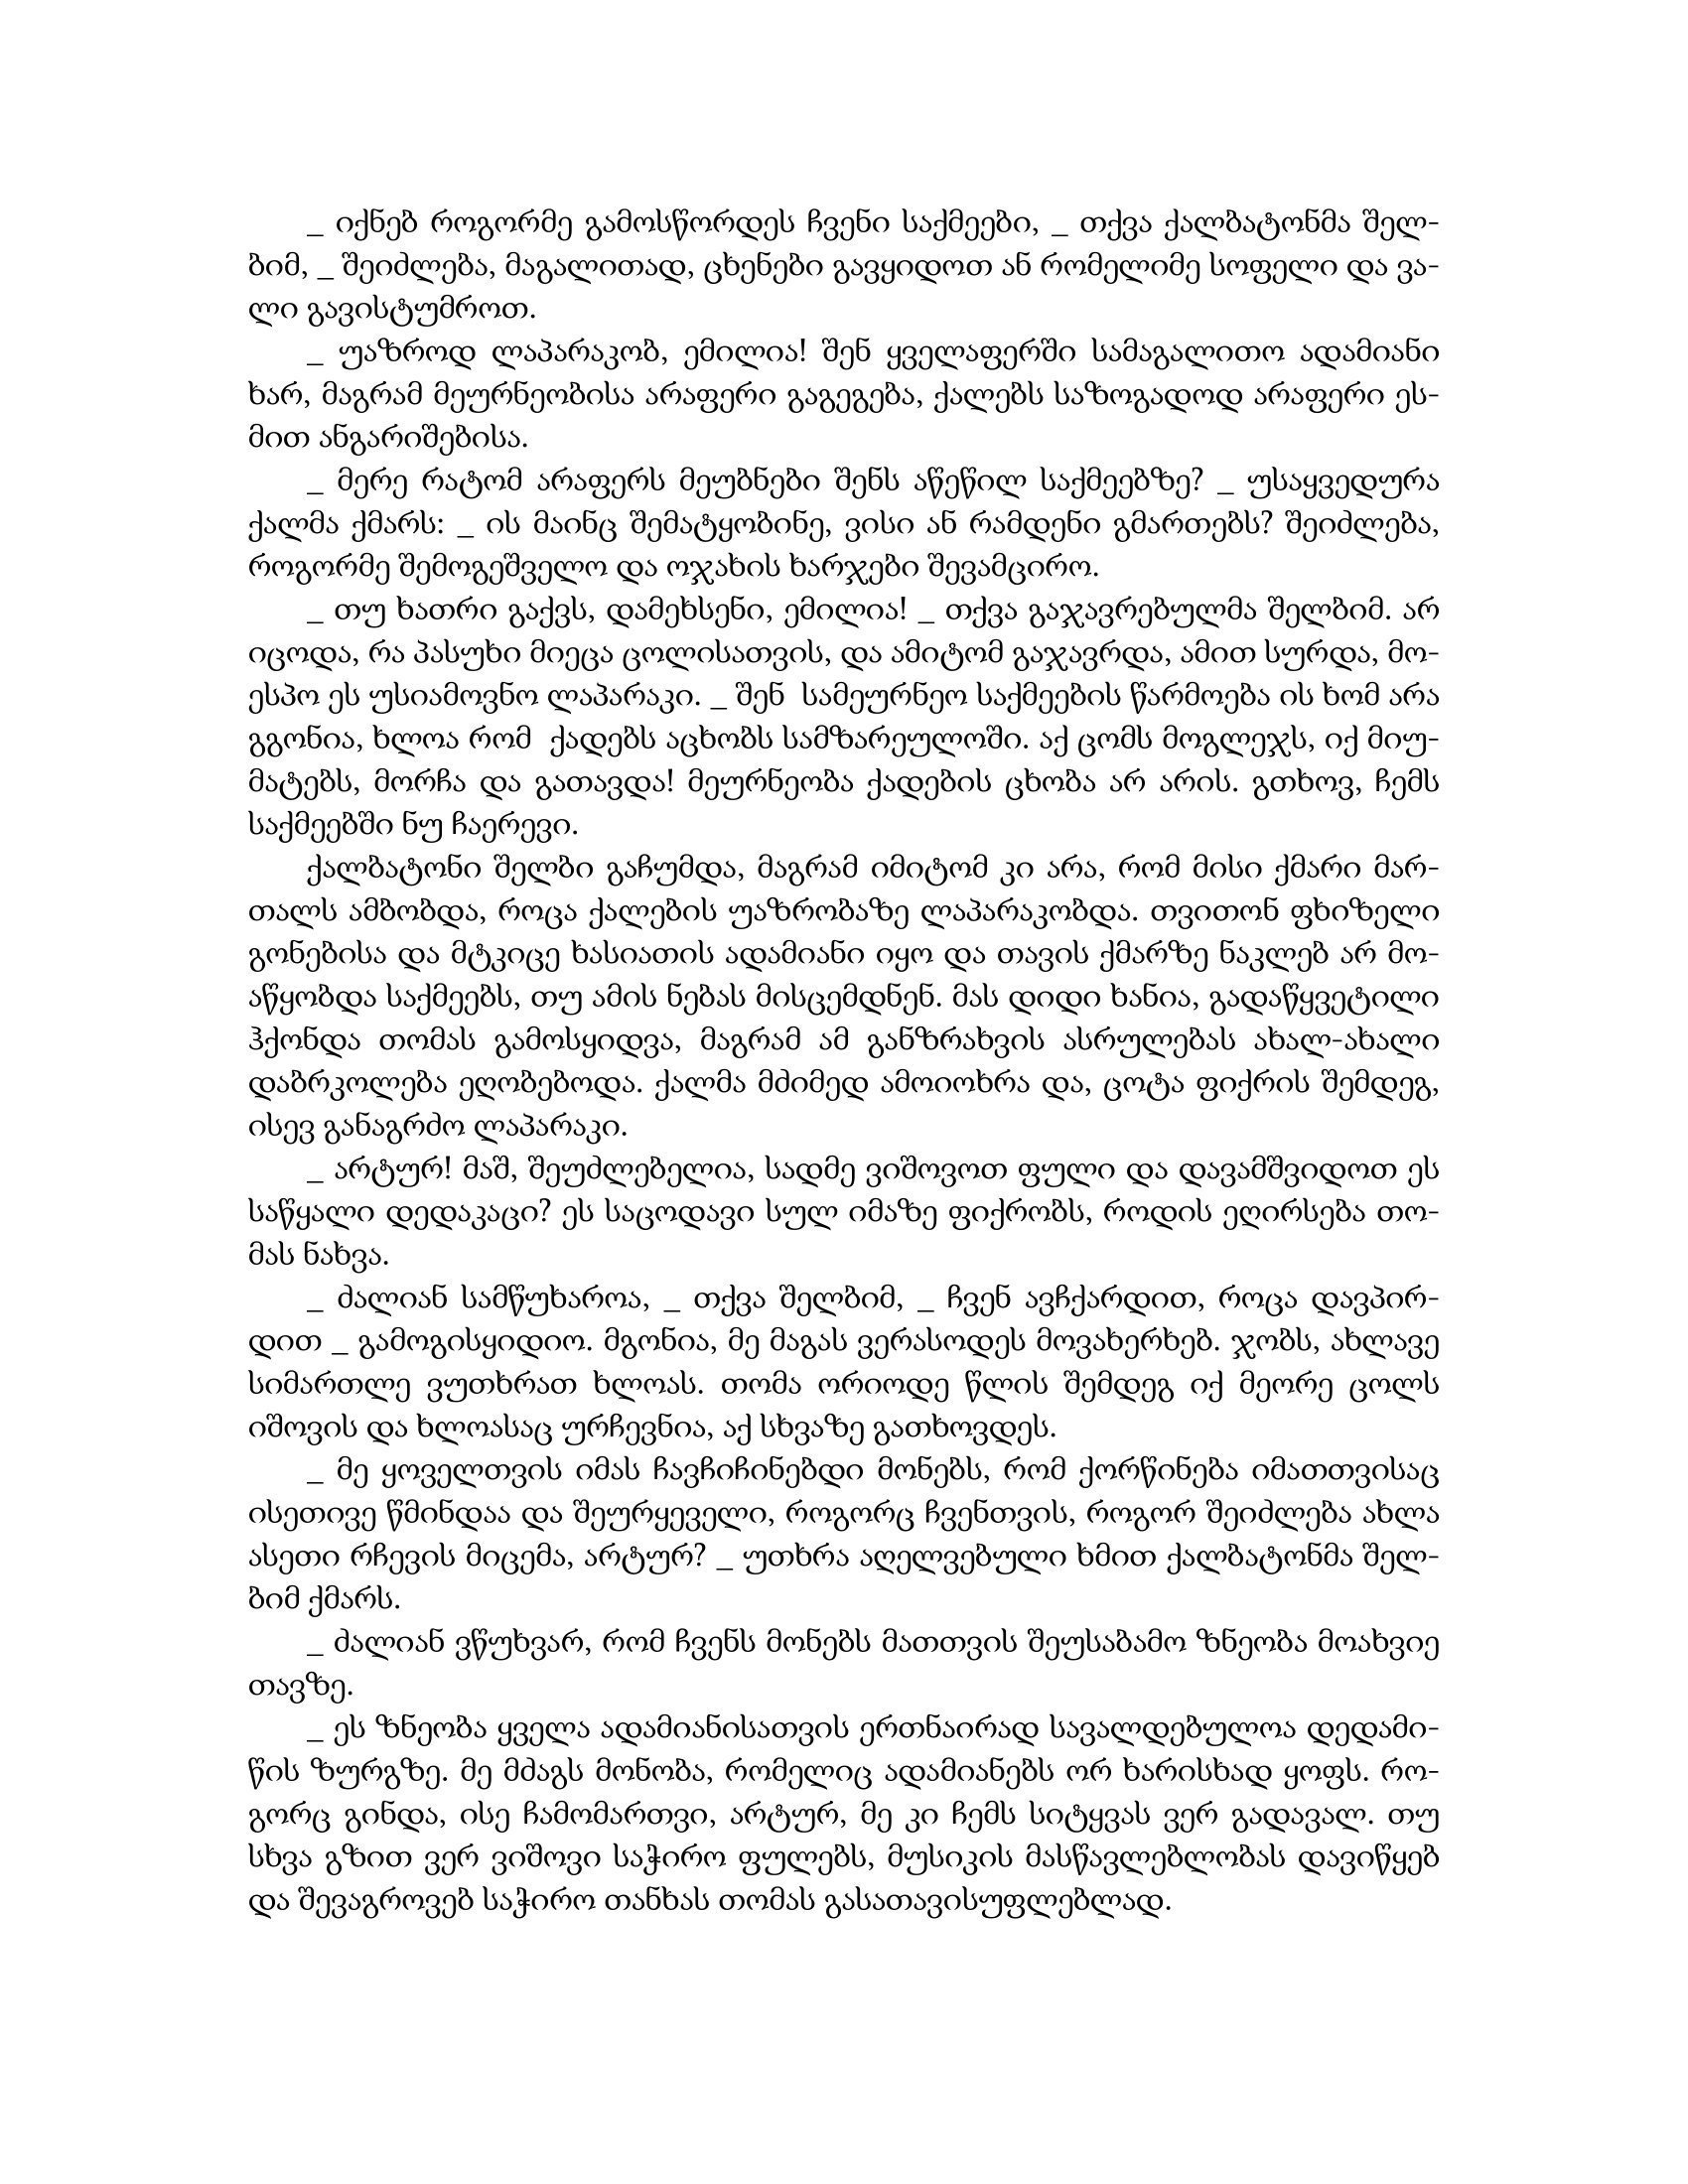
Language: gr